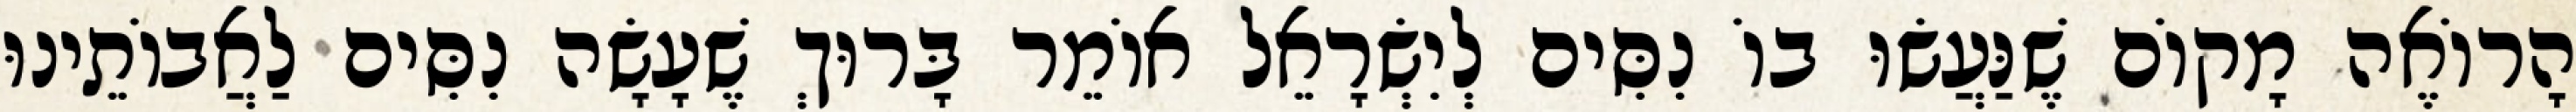
הָרוֹאֶה מָקוֹם שֶׁנַּעֲשׂוּ בוֹ נִסִּים לְיִשְׂרָאֵל אוֹמֵר בָּרוּךְ שֶׁעָשָׂה נִסִּים לַאֲבוֹתֵינוּ